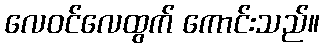
လေဝင်လေထွက် ကောင်းသည်။